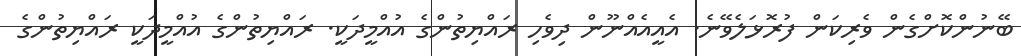
ބޭނުންކޮށްގެން ވެރިކަން ފުރޮޅަލެވޭނެ. އެއީއެއްނޫން ދިވެހި ރައްޔިތުންގެ އުއްމީދަކީ. ރައްޔިތުންގެ އުއްމީދަކީ ރައްޔިތުންގެ